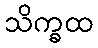
သိက္ခထ